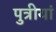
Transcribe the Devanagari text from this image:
पुत्रीयां